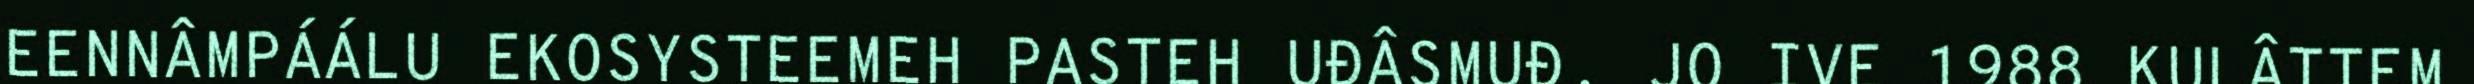
EENNÂMPÁÁLU EKOSYSTEEMEH PASTEH UĐÂSMUĐ. JO IVE 1988 KULÂTTEM